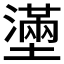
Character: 𡒗